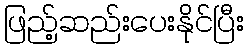
ဖြည့်ဆည်းပေးနိုင်ပြီး